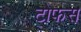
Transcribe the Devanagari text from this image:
टोफस